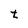
Character: t